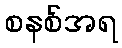
စနစ်အရ